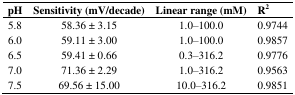
| pH | Sensitivity (mV/decade) | Linear range (mM) | R2 |
 | --- | --- | --- | --- |
 | 5.8 | 58.36 ± 3.15 | 1.0–100.0 | 0.9744 |
 | 6.0 | 59.11 ± 3.00 | 1.0–100.0 | 0.9857 |
 | 6.5 | 59.41 ± 0.66 | 0.3–316.2 | 0.9776 |
 | 7.0 | 71.36 ± 2.29 | 1.0–316.2 | 0.9563 |
 | 7.5 | 69.56 ± 15.00 | 10.0–316.2 | 0.9851 |